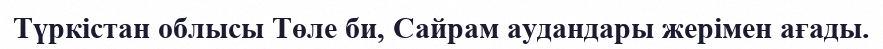
Түркістан облысы Төле би, Сайрам аудандары жерімен ағады.